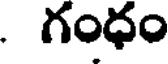
. గంధం